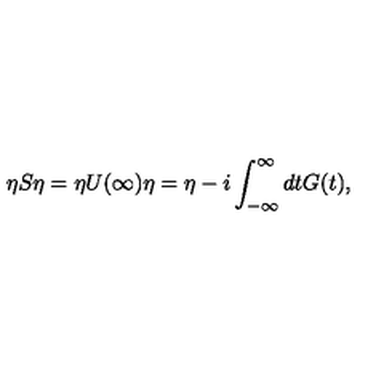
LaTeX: \eta S \eta = \eta U ( \infty ) \eta = \eta - i \int _ { - \infty } ^ { \infty } d t G ( t ) ,